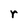
Character: r